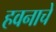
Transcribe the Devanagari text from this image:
हवनाचे